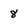
Character: 8